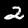
Digit: 2